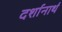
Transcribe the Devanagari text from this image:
दर्शानार्थ